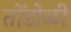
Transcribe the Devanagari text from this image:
तोंडोळी